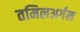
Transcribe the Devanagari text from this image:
तमिलअर्गल